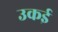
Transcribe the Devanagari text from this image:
उकई